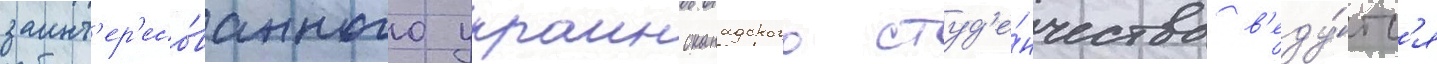
заинт'ер'есо́ванного украиноканадского студ'е́нчества в'еду́тс'я